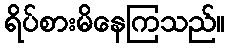
ရိပ်စားမိနေကြသည်။